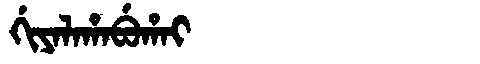
Manchu: ᡤᡳᠶᠠᠯᠠᡥᠠᠪᡠᡥᠠᡳ
Romanization: GIYALAHABUHAI